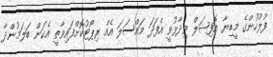
ފުލުހުންގެ މީޑިޔާ އޮފިޝަލް ވިދާޅުވީ އެފަދަ މައްސަލަ އެއް ރިޕޯޓުކޮށްފައިވާތީ އެކަން ބަލަމުންދާ